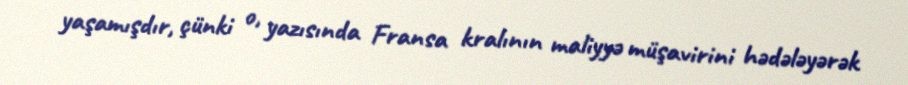
yaşamışdır, çünki o, yazısında Fransa kralının maliyyə müşavirini hədələyərək